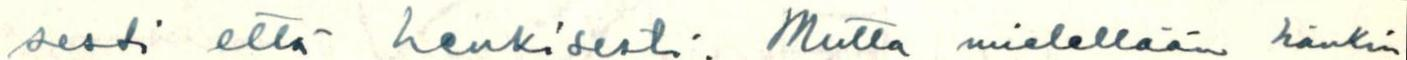
sesti että henkisesti. Mutta mielellään hänkin